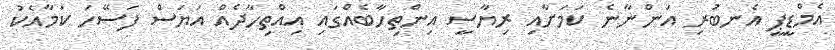
އެމްޑީޕީ އެނބުރި އަންނާނެ ކަމަށާއި ރިޔާސީ އިންތިހާބެއްގައި އިއްތިހާދެއް އަޔަސް ފަސޭހަ ކަމާއެކު